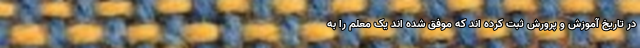
در تاریخ آموزش و پرورش ثبت کرده اند که موفق شده اند یک معلم را به